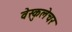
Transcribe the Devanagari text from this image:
वेस्कुलेचर